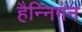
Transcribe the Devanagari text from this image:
हैन्निगन